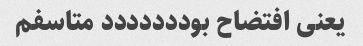
یعنی افتضاح بوددددددد متاسفم